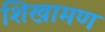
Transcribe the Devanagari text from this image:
शिखामण